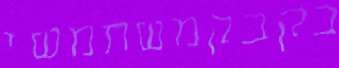
בקבקמשתמשי